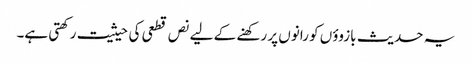
یہ حدیث بازوؤں کو رانوں پر رکھنے کے لیے نص قطعی کی حیثیت رکھتی ہے۔